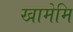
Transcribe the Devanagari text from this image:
खामेमि